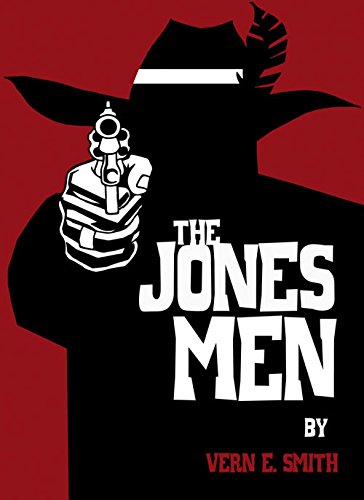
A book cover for The Jones Men; Vern E. Smith; Mystery, Thriller & Suspense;